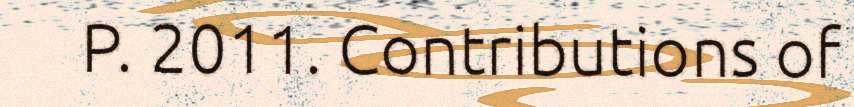
P. 2011. Contributions of